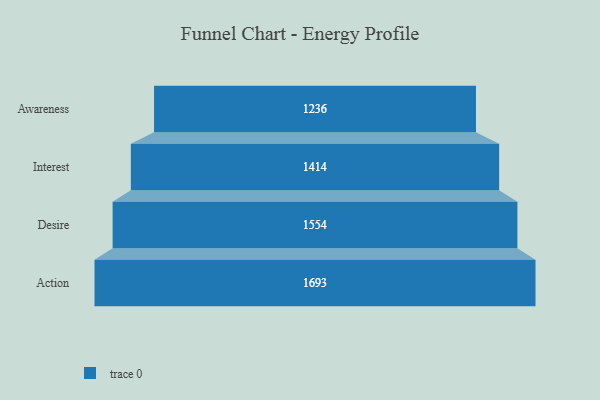
{"axis": {"x": "Stage", "y": "Value"}, "legend": [""], "data": [{"x": "Awareness", "y": 1236.0, "type": ""}, {"x": "Interest", "y": 1414.0, "type": ""}, {"x": "Desire", "y": 1554.0, "type": ""}, {"x": "Action", "y": 1693.0, "type": ""}]}